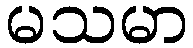
မသမာ